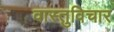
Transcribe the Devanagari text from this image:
वास्तुविचार